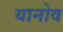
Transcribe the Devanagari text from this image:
यानोव